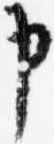
申